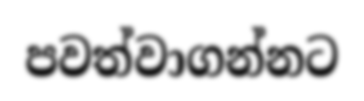
පවත්වාගන්නට